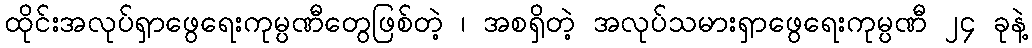
ထိုင်းအလုပ်ရှာဖွေရေးကုမ္ပဏီတွေဖြစ်တဲ့ ၊ အစရှိတဲ့ အလုပ်သမားရှာဖွေရေးကုမ္ပဏီ ၂၄ ခုနဲ့